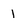
Character: 1